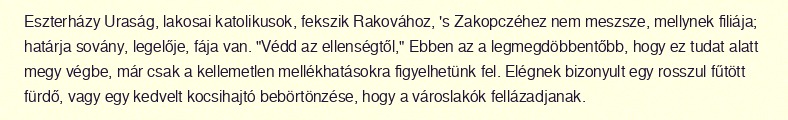
Eszterházy Uraság, lakosai katolikusok, fekszik Rakovához, 's Zakopczéhez nem meszsze, mellynek filiája; határja sovány, legelője, fája van. "Védd az ellenségtől," Ebben az a legmegdöbbentőbb, hogy ez tudat alatt megy végbe, már csak a kellemetlen mellékhatásokra figyelhetünk fel. Elégnek bizonyult egy rosszul fűtött fürdő, vagy egy kedvelt kocsihajtó bebörtönzése, hogy a városlakók fellázadjanak.